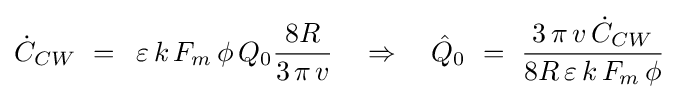
{\dot {C}}_{CW}\,\,=\,\,\,\varepsilon \,k\,F_{m}\,\phi \,Q_{0}{{8R} \over {3\,\pi \,v}}\,\,\,\,\,\,\Rightarrow \,\,\,\,\,\,{\hat {Q}}_{0}\,\,=\,\,{{3\,\pi \,v\,{\dot {C}}_{CW}} \over {8R\,\varepsilon \,k\,F_{m}\,\phi }}